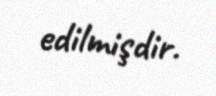
edilmişdir.